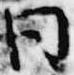
同